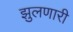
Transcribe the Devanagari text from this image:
झुलणारी